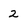
Character: 2